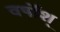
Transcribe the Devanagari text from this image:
वर्षोंश्